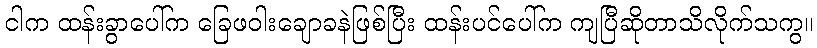
ငါက ထန်းခွာပေါ်က ခြေဖဝါးချောခနဲဖြစ်ပြီး ထန်းပင်ပေါ်က ကျပြီဆိုတာသိလိုက်သကွ။